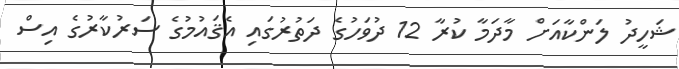
ޝަހީދު ލަންކާއަށް މާދަމާ ކުރާ 12 ދުވަހުގެ ދަތުރުގައި އެޤައުމުގެ ސަރުކާރުގެ އިސް